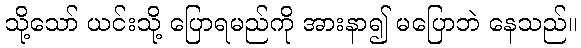
သို့သော် ယင်းသို့ ပြောရမည်ကို အားနာ၍ မပြောဘဲ နေသည်။